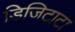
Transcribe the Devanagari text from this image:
डिजिटाटा